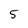
Character: 5